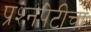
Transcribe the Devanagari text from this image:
प्रश्‍नपेटीचा